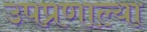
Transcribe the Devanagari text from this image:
उपप्रणाल्या